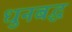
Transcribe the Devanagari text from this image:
धुनबद्ध